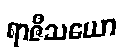
ရာဇီသယော